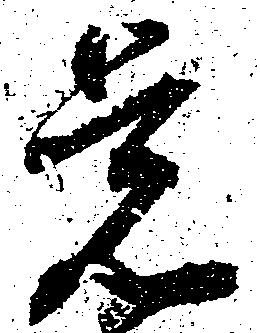
覚